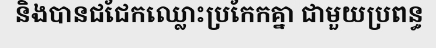
និងបានជជែកឈ្លោះប្រកែកគ្នា ជាមួយប្រពន្ធ